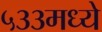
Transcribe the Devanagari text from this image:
५३३मध्ये